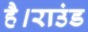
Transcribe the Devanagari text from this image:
है।राउंड